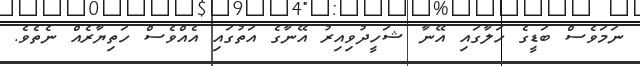
ނަމަވެސް ބަޑީގެ ހަލާގައި އޭނާ ޝަހީދުވިއިރު އޭނާގެ އަތުގައި އެއްވެސް ހަތިޔާރެއް ނެތެވެ.